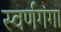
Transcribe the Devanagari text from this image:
स्वर्णगंगा